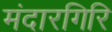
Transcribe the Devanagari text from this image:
मंदारगिरि